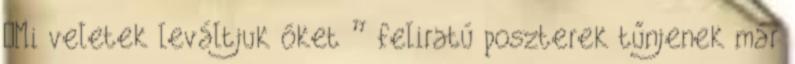
„Mi veletek leváltjuk őket ” feliratú poszterek tűnjenek már